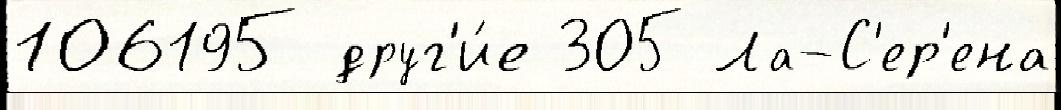
106195 друг'и́е 305 Ла-С'ер'ена